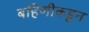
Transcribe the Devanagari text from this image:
बहिणीकडून